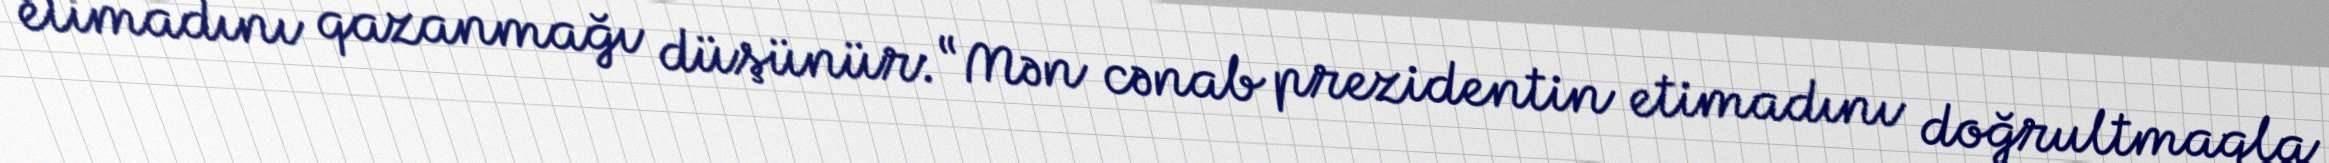
etimadını qazanmağı düşünür: “Mən cənab prezidentin etimadını doğrultmaqla